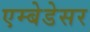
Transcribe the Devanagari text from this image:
एम्बेडेसर